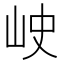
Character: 𡶈